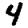
Digit: 4